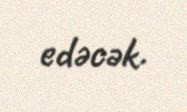
edəcək.